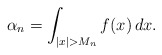
\begin{align*}\alpha _{n}=\int_{\left| x\right| >M_{n}}f(x)\,dx. \end{align*}